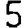
Digit: 5